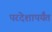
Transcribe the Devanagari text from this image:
परदेशापर्यंत